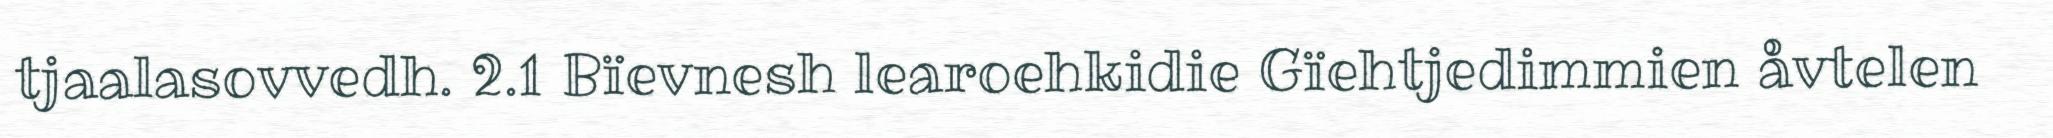
tjaalasovvedh. 2.1 Bïevnesh learoehkidie Gïehtjedimmien åvtelen